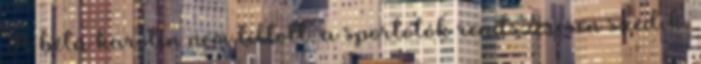
A béta karotin nem tiltott, a sportolók rendszeresen szedik.